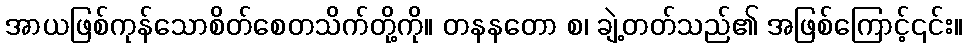
အာယဖြစ်ကုန်သောစိတ်စေတသိက်တို့ကို။ တနနတော စ၊ ချဲ့တတ်သည်၏ အဖြစ်ကြောင့်၎င်း။